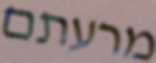
מרעתם